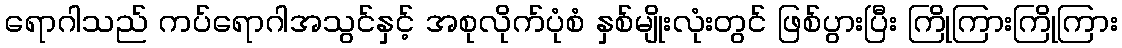
ရောဂါသည် ကပ်ရောဂါအသွင်နှင့် အစုလိုက်ပုံစံ နှစ်မျိုးလုံးတွင် ဖြစ်ပွားပြီး ကြိုကြားကြိုကြား